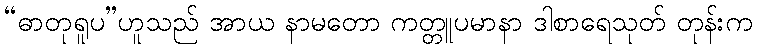
“ဓာတုရူပ”ဟူသည် အာယ နာမတော ကတ္တူပမာနာ ဒါစာရေသုတ် တုန်းက